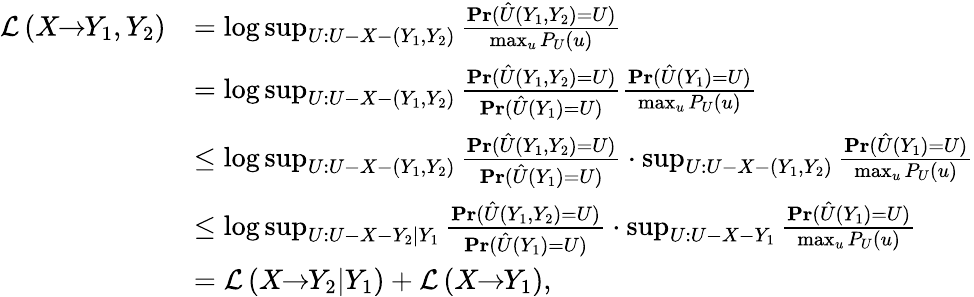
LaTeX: \begin{array}{rl}{\mathcal{L}\left(X\! \! \to\! \! Y_{1},Y_{2}\right)}&{=\log\operatorname*{sup}_{U:U-X-(Y_{1},Y_{2})}\frac{\mathrm{\mathbf{Pr}}(\hat{U}(Y_{1},Y_{2})=U)}{\operatorname*{max}_{u}P_{U}(u)}}\\ &{=\log\operatorname*{sup}_{U:U-X-(Y_{1},Y_{2})}\frac{\mathrm{\mathbf{Pr}}(\hat{U}(Y_{1},Y_{2})=U)}{\mathrm{\mathbf{Pr}}(\hat{U}(Y_{1})=U)}\frac{\mathrm{\mathbf{Pr}}(\hat{U}(Y_{1})=U)}{\operatorname*{max}_{u}P_{U}(u)}}\\ &{\leq\log\operatorname*{sup}_{U:U-X-(Y_{1},Y_{2})}\frac{\mathrm{\mathbf{Pr}}(\hat{U}(Y_{1},Y_{2})=U)}{\mathrm{\mathbf{Pr}}(\hat{U}(Y_{1})=U)}\cdot\operatorname*{sup}_{U:U-X-(Y_{1},Y_{2})}\frac{\mathrm{\mathbf{Pr}}(\hat{U}(Y_{1})=U)}{\operatorname*{max}_{u}P_{U}(u)}}\\ &{\leq\log\operatorname*{sup}_{U:U-X-Y_{2}|Y_{1}}\frac{\mathrm{\mathbf{Pr}}(\hat{U}(Y_{1},Y_{2})=U)}{\mathrm{\mathbf{Pr}}(\hat{U}(Y_{1})=U)}\cdot\operatorname*{sup}_{U:U-X-Y_{1}}\frac{\mathrm{\mathbf{Pr}}(\hat{U}(Y_{1})=U)}{\operatorname*{max}_{u}P_{U}(u)}}\\ &{=\mathcal{L}\left(X\! \! \to\! \! Y_{2}|Y_{1}\right)+\mathcal{L}\left(X\! \! \to\! \! Y_{1}\right),}\end{array}